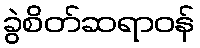
ခွဲစိတ်ဆရာဝန်